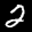
Label: 2